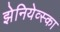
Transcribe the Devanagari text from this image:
झेनियेव्स्का